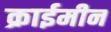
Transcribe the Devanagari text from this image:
क्राईमीन